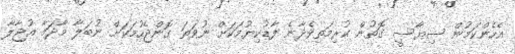
އެހެންކަމުން ސިޔާސީ ގޮތުން ކުރިމަތިވެދާނެ ފާޑުކިޔުމަކަށް ނުވަތަ ގޮންޖެހުމަކަށް ނުބަލާ މާދަމާ އުޖާލާ